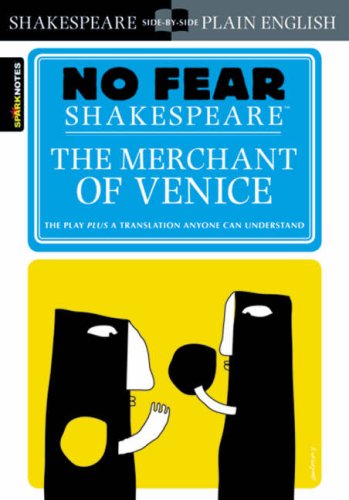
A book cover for The Merchant of Venice (SparkNotes No Fear Shakespeare); SparkNotes Editors; Literature & Fiction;